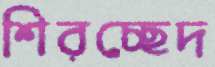
শিরচ্ছেদ